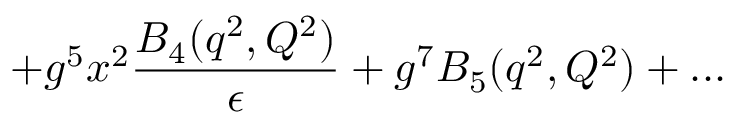
+ g ^ { 5 } x ^ { 2 } { \frac { B _ { 4 } ( q ^ { 2 } , Q ^ { 2 } ) } { \epsilon } } + g ^ { 7 } B _ { 5 } ( q ^ { 2 } , Q ^ { 2 } ) + . . .